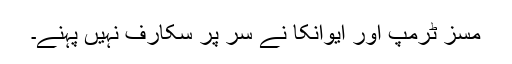
مسز ٹرمپ اور ایوانکا نے سر پر سکارف نہیں پہنے۔